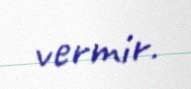
vermir.